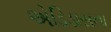
એડિડાસના